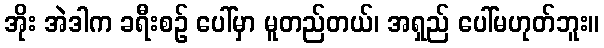
အိုး အဲဒါက ခရီးစဉ် ပေါ်မှာ မူတည်တယ်၊ အရှည် ပေါ်မဟုတ်ဘူး။